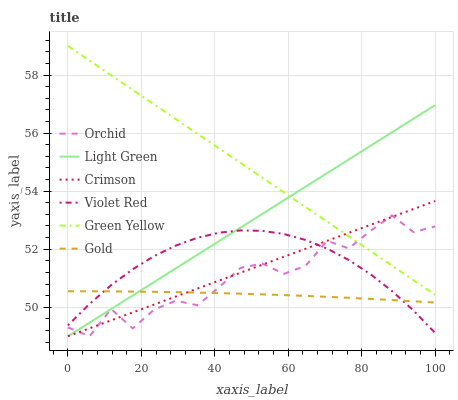
| xaxis_label | Orchid | Light Green | Crimson | Violet Red | Green Yellow | Gold |
 | --- | --- | --- | --- | --- | --- | --- |
 | 0 | 49.3 | 49 | 49 | 49.4 | 59 | 50.5 |
 | 5.88 | 49 | 49.5 | 49.3 | 50.1 | 58.5 | 50.5 |
 | 11.8 | 49.9 | 49.9 | 49.5 | 50.8 | 58 | 50.5 |
 | 17.6 | 49.3 | 50.4 | 49.8 | 51.3 | 57.5 | 50.5 |
 | 23.5 | 49.9 | 50.9 | 50.1 | 51.8 | 57 | 50.5 |
 | 29.4 | 50.2 | 51.3 | 50.4 | 52.1 | 56.5 | 50.5 |
 | 35.3 | 50.1 | 51.8 | 50.6 | 52.4 | 56 | 50.5 |
 | 41.2 | 50.7 | 52.3 | 50.9 | 52.6 | 55.5 | 50.5 |
 | 47.1 | 51.4 | 52.7 | 51.2 | 52.6 | 55 | 50.5 |
 | 52.9 | 51.5 | 53.2 | 51.5 | 52.6 | 54.5 | 50.4 |
 | 58.8 | 51.1 | 53.7 | 51.7 | 52.5 | 54 | 50.4 |
 | 64.7 | 51.4 | 54.2 | 52 | 52.3 | 53.5 | 50.4 |
 | 70.6 | 52.3 | 54.6 | 52.3 | 52 | 52.9 | 50.4 |
 | 76.5 | 52 | 55.1 | 52.6 | 51.6 | 52.4 | 50.3 |
 | 82.4 | 52.6 | 55.6 | 52.8 | 51.1 | 51.9 | 50.3 |
 | 88.2 | 53.2 | 56 | 53.1 | 50.6 | 51.4 | 50.2 |
 | 94.1 | 52.6 | 56.5 | 53.4 | 49.9 | 50.9 | 50.2 |
 | 100 | 52.8 | 57 | 53.7 | 49.1 | 50.4 | 50.2 |